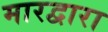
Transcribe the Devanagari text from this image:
मारद्वारा